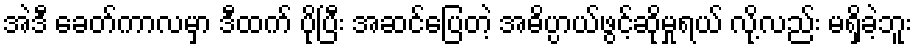
အဲဒီ ခေတ်ကာလမှာ ဒီထက် ပိုပြီး အဆင်ပြေတဲ့ အဓိပ္ပာယ်ဖွင့်ဆိုမှုရယ် လို့လည်း မရှိခဲ့ဘူး